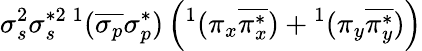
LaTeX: \sigma_{s}^{2}\sigma_{s}^{*2}{}\, ^{1}(\overline{{\sigma_{p}}}\sigma_{p}^{*})\left(^1(\pi_{x}\overline{{\pi_{x}^{*}}})+{}^{1}(\pi_{y}\overline{{\pi_{y}^{*}}})\right)